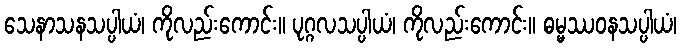
သေနာသနသပ္ပါယံ၊ ကိုလည်းကောင်း။ ပုဂ္ဂလသပ္ပါယံ၊ ကိုလည်းကောင်း။ ဓမ္မဿဝနသပ္ပါယံ၊